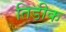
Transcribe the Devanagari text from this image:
तिडीक